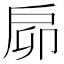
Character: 𢨺